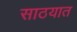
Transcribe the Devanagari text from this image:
साठयात